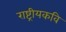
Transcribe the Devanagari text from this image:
राष्ट्रीयकवि